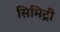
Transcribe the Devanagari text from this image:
सिमिट्री